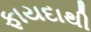
ફાયદાથી